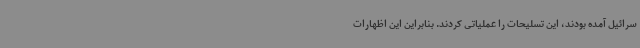
سرائیل آمده بودند، این تسلیحات را عملیاتی کردند. بنابراین این اظهارات